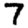
Digit: 7